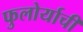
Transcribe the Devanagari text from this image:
फुलोर्याची